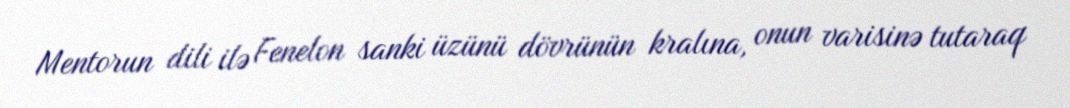
Mentorun dili ilə Fenelon sanki üzünü dövrünün kralına, onun varisinə tutaraq